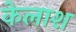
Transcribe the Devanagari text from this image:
केलाश